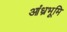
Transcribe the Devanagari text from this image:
आंध्रभूमि